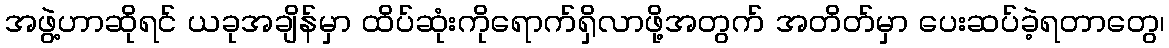
အဖွဲ့ဟာဆိုရင် ယခုအချိန်မှာ ထိပ်ဆုံးကိုရောက်ရှိလာဖို့အတွက် အတိတ်မှာ ပေးဆပ်ခဲ့ရတာတွေ၊